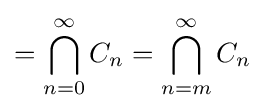
=\bigcap _{n=0}^{\infty }C_{n}=\bigcap _{n=m}^{\infty }C_{n}